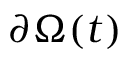
\partial \Omega ( t )